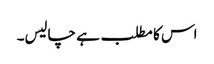
اس کا مطلب ہے چالیس۔